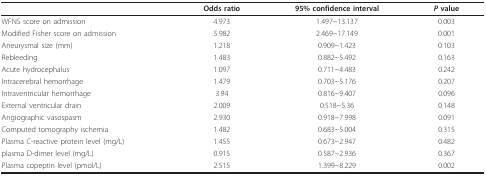
<table><thead><tr><td></td><td><b>Odds ratio</b></td><td><b>95% confidence interval</b></td><td><b><i>P </i>value</b></td></tr></thead><tbody><tr><td>WFNS score on admission</td><td>4.973</td><td>1.497~13.137</td><td>0.003</td></tr><tr><td>Modified Fisher score on admission</td><td>5.982</td><td>2.469~17.149</td><td>0.001</td></tr><tr><td>Aneurysmal size (mm)</td><td>1.218</td><td>0.909~1.423</td><td>0.103</td></tr><tr><td>Rebleeding</td><td>1.483</td><td>0.882~5.492</td><td>0.163</td></tr><tr><td>Acute hydrocephalus</td><td>1.097</td><td>0.711~4.483</td><td>0.242</td></tr><tr><td>Intracerebral hemorrhage</td><td>1.479</td><td>0.703~5.176</td><td>0.207</td></tr><tr><td>Intraventricular hemorrhage</td><td>3.94</td><td>0.816~9.407</td><td>0.096</td></tr><tr><td>External ventricular drain</td><td>2.009</td><td>0.518~5.36</td><td>0.148</td></tr><tr><td>Angiographic vasospasm</td><td>2.930</td><td>0.918~7.998</td><td>0.091</td></tr><tr><td>Computed tomography ischemia</td><td>1.482</td><td>0.683~5.004</td><td>0.315</td></tr><tr><td>Plasma C-reactive protein level (mg/L)</td><td>1.455</td><td>0.673~2.947</td><td>0.482</td></tr><tr><td>plasma D-dimer level (mg/L)</td><td>0.915</td><td>0.587~2.936</td><td>0.367</td></tr><tr><td>Plasma copeptin level (pmol/L)</td><td>2.515</td><td>1.399~8.229</td><td>0.002</td></tr></tbody></table>